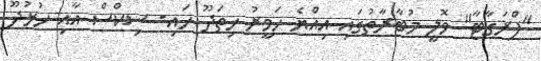
"ފްރަގާޓާ" ވޮލީ މުބާރާތުގައި އިއްޔެ ހަވީރު ހިތަދޫ ހައި- ސިކްސް އާއި ހުޅުދޫ